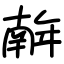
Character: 𢆥